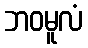
ဘဝမူလံ